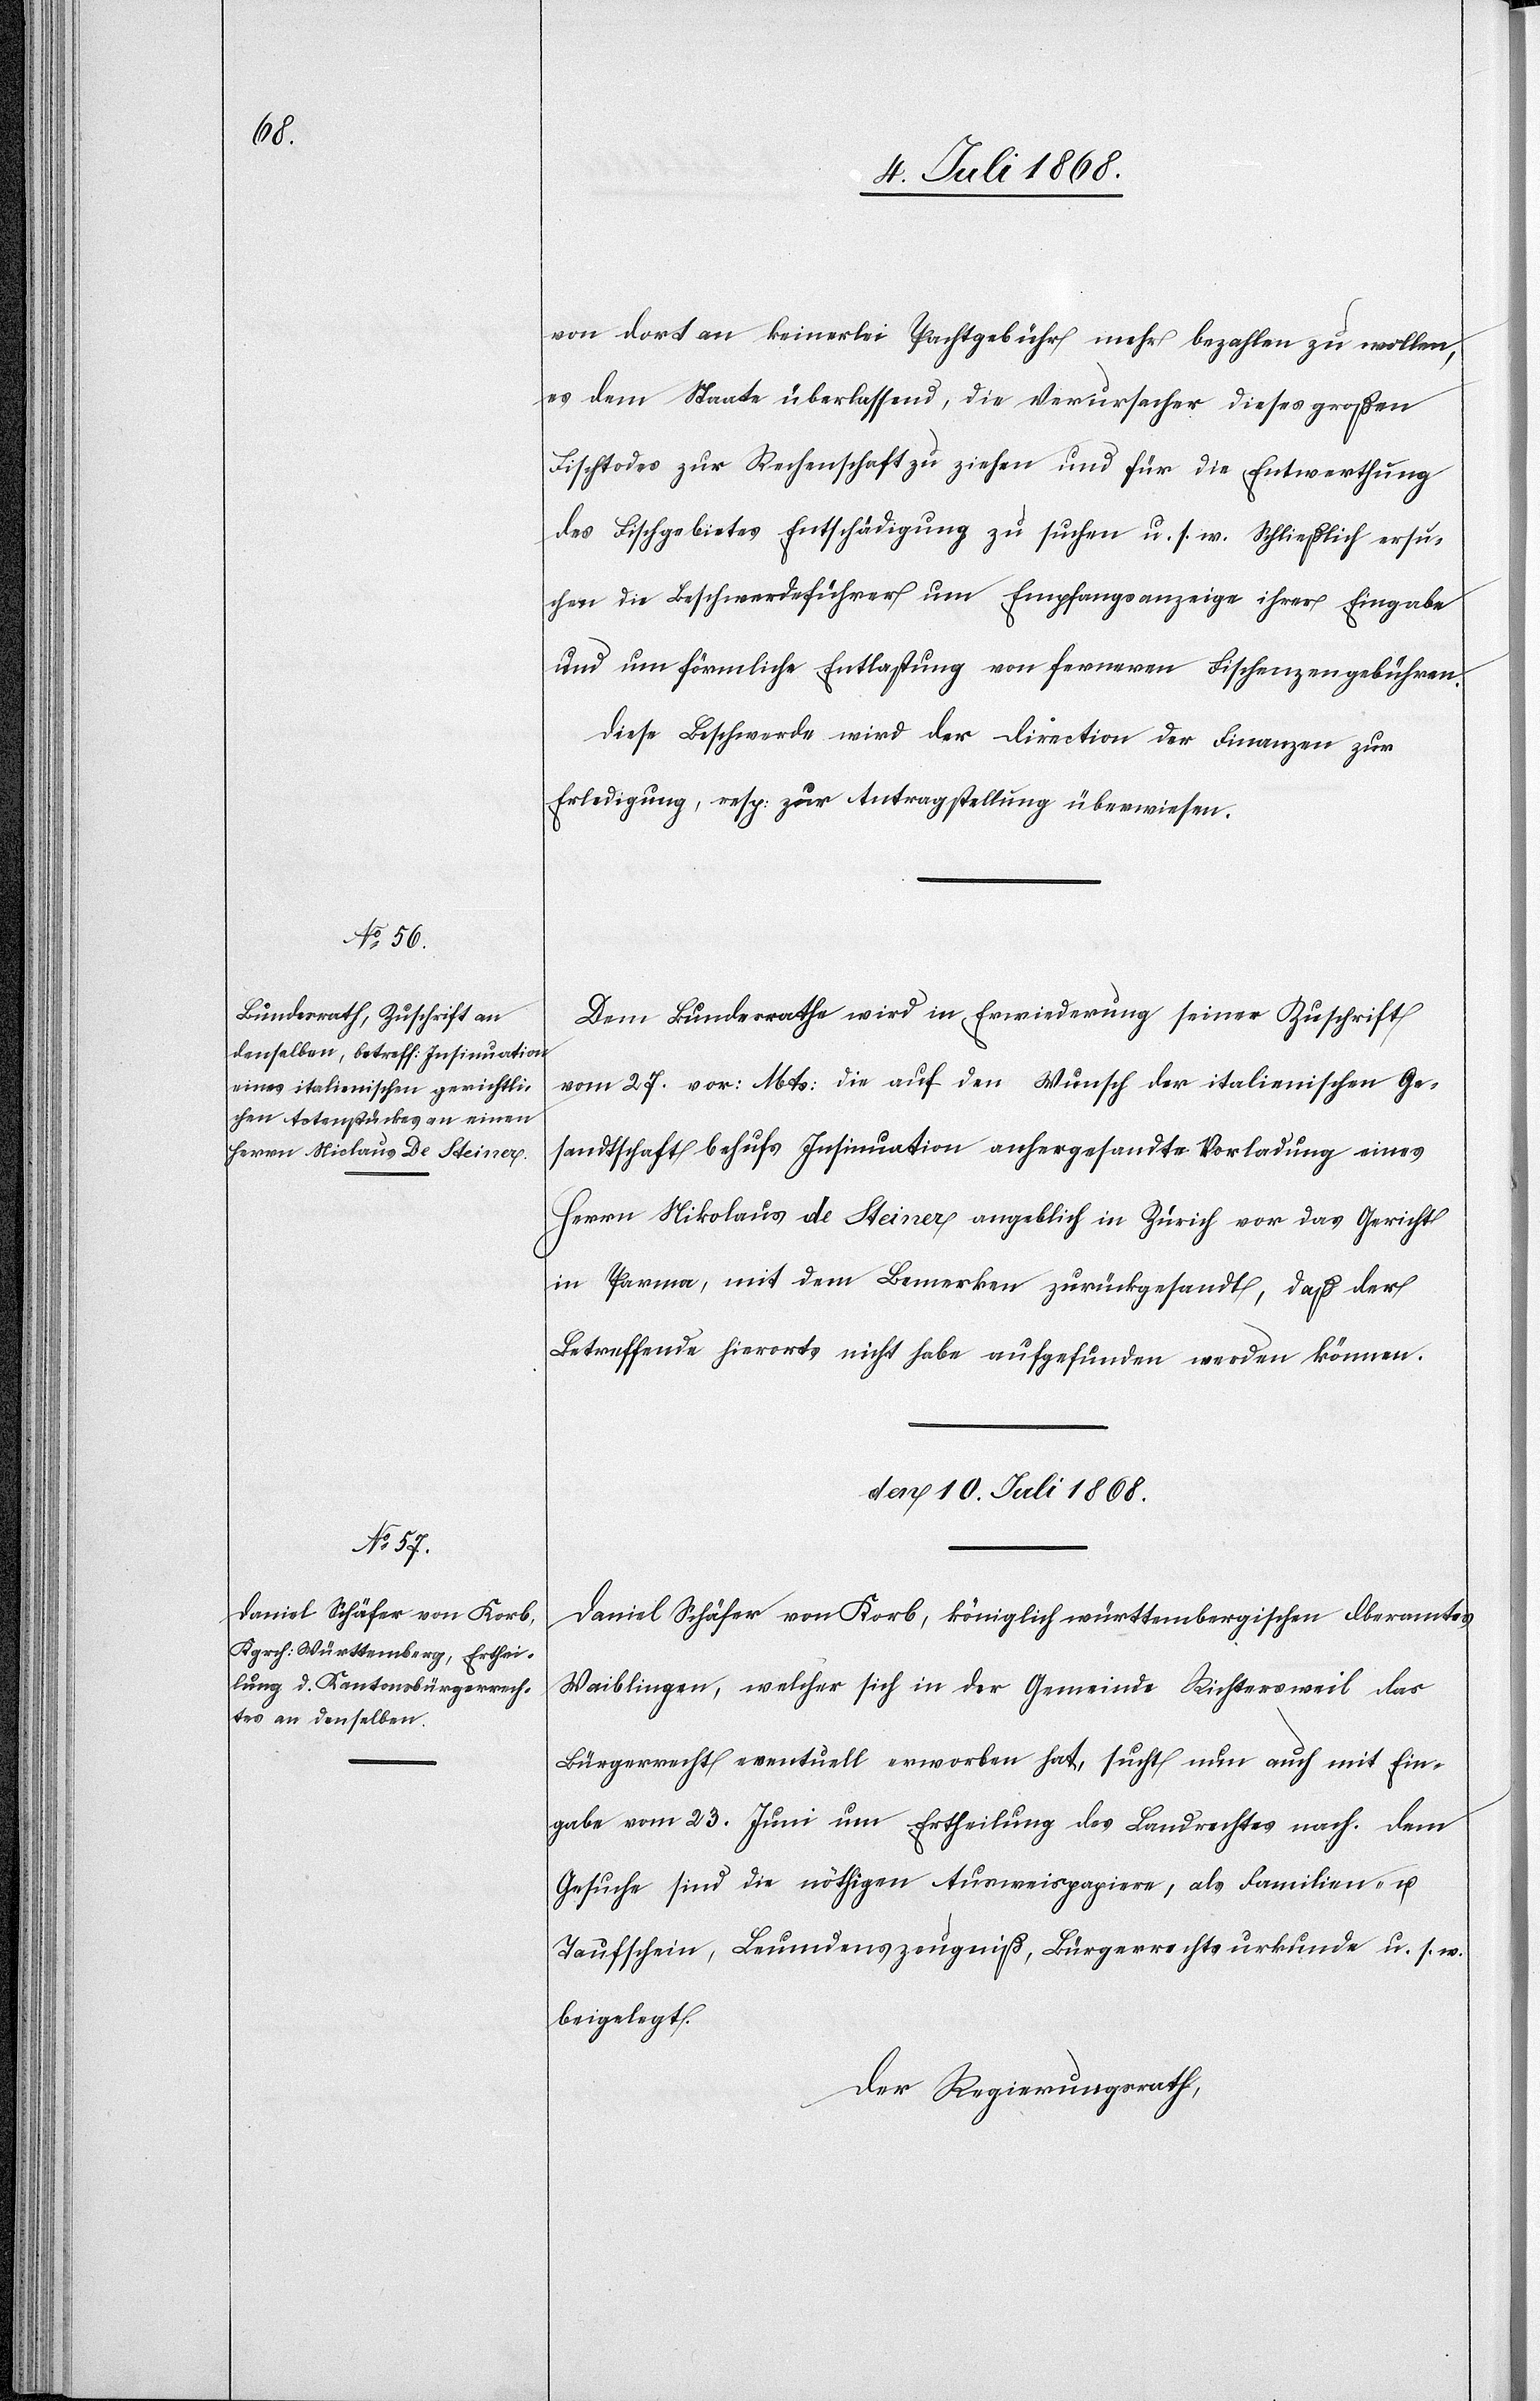
von dort an keinerlei Pachtgebühr mehr bezahlen zu wollen,
es dem Staate überlassend, die Verursacher dieses großen
Fischtodes zur Rechenschaft zu ziehen und für die Entwerthung
des Fischgebietes Entschädigung zu suchen u. s. w. Schließlich ersu¬
chen die Beschwerdeführer um Empfangsanzeige ihrer Eingabe
und um förmliche Entlastung von ferneren Fischenzengebühren.
Diese Beschwerde wird der Direction der Finanzen zur
Erledigung, resp: zur Antragstellung überwiesen.
Dem Bundesrathe wird in Erwiederung seiner Zuschrift
vom 27. vor: Mts: die auf den Wunsch der italienischen Ge¬
sandtschaft behufs Insinuation anhergesandte Vorladung eines
Herrn Nikolaus [sic!] de Steiner angeblich in Zürich vor das Gericht
in Parma, mit dem Bemerken zurückgesandt, daß der
Betreffende hierorts nicht habe aufgefunden werden können.
den 10. Juli 1868.
Daniel Schäfer von Korb, königlich württembergischen Oberamtes
Waiblingen, welcher sich in der Gemeinde Richtersweil das
Bürgerrecht eventuell erworben hat, sucht nun auch mit Ein¬
gabe vom 23. Juni um Ertheilung des Landrechtes nach. Dem
Gesuche sind die nöthigen Ausweispapiere, als Familien- u.
Taufschein, Leumdenszeugniß, Bürgerrechtsurkunde u. s. w.
beigelegt.
Der Regierungsrath,